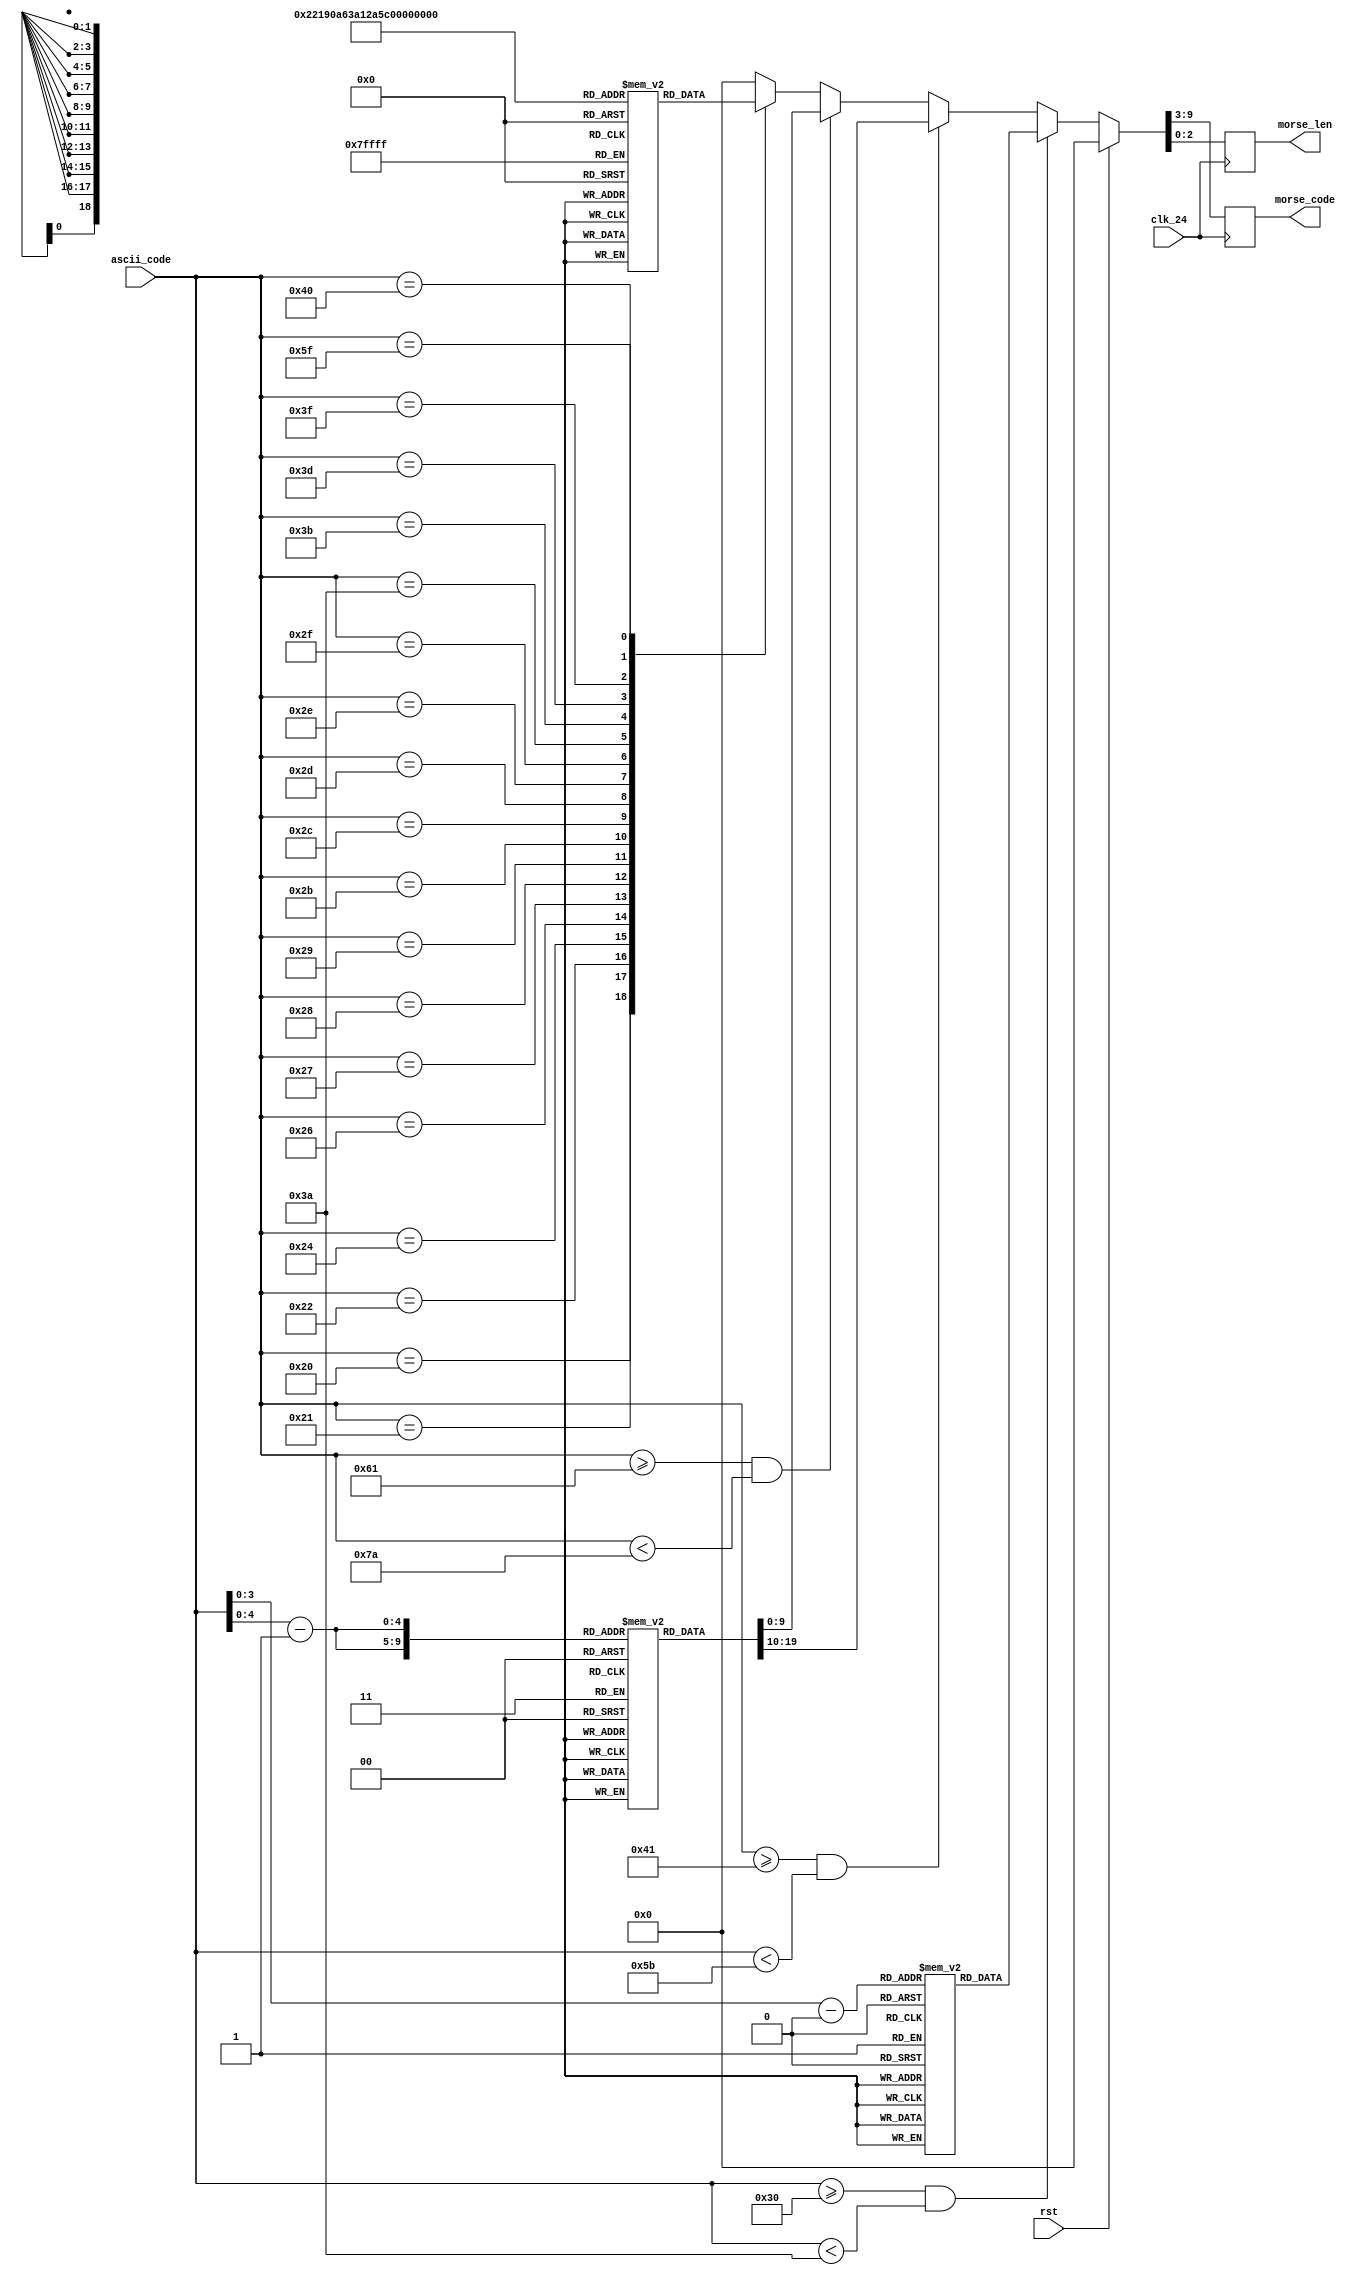
///////////////////////////////////////////////////////////////////////////////
// vim:set shiftwidth=4 softtabstop=4 expandtab:
//
// Module: ascii_2_morse.v
// Project: Nano Morse Encoder
// Description: Convert (7-bit) ASCII codes into Morse code
//
//
// Change history:
//      v01 - Implemented using lookup tables
//      v02 - Fixed incorrect lookups
//
///////////////////////////////////////////////////////////////////////////////
//
// Copyright (C) 2020  Sebastian Sole
//
// This program is free software; you can redistribute it and/or modify
// it under the terms of the GNU General Public License as published by
// the Free Software Foundation; either version 2 of the License, or
// (at your option) any later version.
//
// This program is distributed in the hope that it will be useful,
// but WITHOUT ANY WARRANTY; without even the implied warranty of
// MERCHANTABILITY or FITNESS FOR A PARTICULAR PURPOSE.  See the
// GNU General Public License for more details.
//
// You should have received a copy of the GNU General Public License along
// with this program; if not, write to the Free Software Foundation, Inc.,
// 51 Franklin Street, Fifth Floor, Boston, MA 02110-1301 USA.
//
///////////////////////////////////////////////////////////////////////////////

// Useful ASCII codes
`define ZERO 48
`define NINE 58
`define UPPER_A 65
`define UPPER_Z 91
`define LOWER_A 97
`define LOWER_Z 122

module ascii_2_morse (
    input clk_24,               // 24 MHz system clk
    input rst,                  // Synchronous reset, active HI
    input [6:0] ascii_code,     // A 7-bit ASCII code to convert
    output reg [6:0] morse_code,// Corresponding Morse code signals in little-
                                // endian order. 0 = dot, 1 = dash
    output reg [2:0] morse_len  // The number of signals used in morse_code
    );

    // Lookup tables
    // [9:3] = morse_code
    // [2:0] = morse_len
    reg [9:0] numbers [0:9];
    reg [9:0] letters [0:25];
    reg [9:0] punctuation [0:18];

    initial begin
        numbers[0] = {7'b001_1111, 3'd5}; // 0
        numbers[1] = {7'b001_1110, 3'd5}; // 1
        numbers[2] = {7'b001_1100, 3'd5}; // 2
        numbers[3] = {7'b001_1000, 3'd5}; // 3
        numbers[4] = {7'b001_0000, 3'd5}; // 4
        numbers[5] = {7'b000_0000, 3'd5}; // 5
        numbers[6] = {7'b000_0001, 3'd5}; // 6
        numbers[7] = {7'b000_0011, 3'd5}; // 7
        numbers[8] = {7'b000_0111, 3'd5}; // 8
        numbers[9] = {7'b000_1111, 3'd5}; // 9

        letters[0]  = {7'b000_0010, 3'd2}; // A
        letters[1]  = {7'b000_0001, 3'd4}; // B
        letters[2]  = {7'b000_0101, 3'd4}; // C
        letters[3]  = {7'b000_0001, 3'd3}; // D
        letters[4]  = {7'b000_0000, 3'd1}; // E
        letters[5]  = {7'b000_0100, 3'd4}; // F
        letters[6]  = {7'b000_0011, 3'd3}; // G
        letters[7]  = {7'b000_0000, 3'd4}; // H
        letters[8]  = {7'b000_0000, 3'd2}; // I
        letters[9]  = {7'b000_1110, 3'd4}; // J
        letters[10] = {7'b000_0101, 3'd3}; // K
        letters[11] = {7'b000_0010, 3'd4}; // L
        letters[12] = {7'b000_0011, 3'd2}; // M
        letters[13] = {7'b000_0001, 3'd2}; // N
        letters[14] = {7'b000_0111, 3'd3}; // O
        letters[15] = {7'b000_0110, 3'd4}; // P
        letters[16] = {7'b000_1011, 3'd4}; // Q
        letters[17] = {7'b000_0010, 3'd3}; // R
        letters[18] = {7'b000_0000, 3'd3}; // S
        letters[19] = {7'b000_0001, 3'd1}; // T
        letters[20] = {7'b000_0100, 3'd3}; // U
        letters[21] = {7'b000_1000, 3'd4}; // V
        letters[22] = {7'b000_0110, 3'd3}; // W
        letters[23] = {7'b000_1001, 3'd4}; // X
        letters[24] = {7'b000_1101, 3'd4}; // Y
        letters[25] = {7'b000_0011, 3'd4}; // Z

        punctuation[0]  = {7'b000_0000, 3'd7}; // space 32
        punctuation[1]  = {7'b011_0101, 3'd6}; // ! 33
        punctuation[2]  = {7'b001_0010, 3'd6}; // " 34
        punctuation[3]  = {7'b100_1000, 3'd7}; // $ 36
        punctuation[4]  = {7'b000_0010, 3'd5}; // & 38
        punctuation[5]  = {7'b001_1110, 3'd6}; // ' 39
        punctuation[6]  = {7'b000_1101, 3'd5}; // ( 40
        punctuation[7]  = {7'b010_1101, 3'd6}; // ) 41
        punctuation[8]  = {7'b000_1010, 3'd5}; // + 43
        punctuation[9]  = {7'b011_0011, 3'd6}; // , 44
        punctuation[10] = {7'b010_0001, 3'd6}; // - 45
        punctuation[11] = {7'b010_1010, 3'd6}; // . 46
        punctuation[12] = {7'b000_1001, 3'd5}; // / 47
        punctuation[13] = {7'b000_0111, 3'd6}; // : 58
        punctuation[14] = {7'b001_0101, 3'd6}; // ; 59
        punctuation[15] = {7'b001_0001, 3'd5}; // = 61
        punctuation[16] = {7'b000_1100, 3'd6}; // ? 63
        punctuation[17] = {7'b001_0110, 3'd6}; // @ 64
        punctuation[18] = {7'b010_1100, 3'd6}; // _ 95
    end

    always @(posedge clk_24) begin
        if (rst)
            {morse_code, morse_len} <= 10'b0;
        else if (ascii_code >= `ZERO && ascii_code < `NINE)
            {morse_code, morse_len} <= numbers[ascii_code - `ZERO];
        else if (ascii_code >= `UPPER_A && ascii_code < `UPPER_Z)
            {morse_code, morse_len} <= letters[ascii_code - `UPPER_A];
        else if (ascii_code >= `LOWER_A && ascii_code < `LOWER_Z)
            {morse_code, morse_len} <= letters[ascii_code - `LOWER_A];
        else begin
            case (ascii_code)
                7'd32   : {morse_code, morse_len} <= punctuation[0];
                7'd33   : {morse_code, morse_len} <= punctuation[1];
                7'd34   : {morse_code, morse_len} <= punctuation[2];
                7'd36   : {morse_code, morse_len} <= punctuation[3];
                7'd38   : {morse_code, morse_len} <= punctuation[4];
                7'd39   : {morse_code, morse_len} <= punctuation[5];
                7'd40   : {morse_code, morse_len} <= punctuation[6];
                7'd41   : {morse_code, morse_len} <= punctuation[7];
                7'd43   : {morse_code, morse_len} <= punctuation[8];
                7'd44   : {morse_code, morse_len} <= punctuation[9];
                7'd45   : {morse_code, morse_len} <= punctuation[10];
                7'd46   : {morse_code, morse_len} <= punctuation[11];
                7'd47   : {morse_code, morse_len} <= punctuation[12];
                7'd58   : {morse_code, morse_len} <= punctuation[13];
                7'd59   : {morse_code, morse_len} <= punctuation[14];
                7'd61   : {morse_code, morse_len} <= punctuation[15];
                7'd63   : {morse_code, morse_len} <= punctuation[16];
                7'd64   : {morse_code, morse_len} <= punctuation[17];
                7'd95   : {morse_code, morse_len} <= punctuation[18];
                default : {morse_code, morse_len} <= 10'b0;
            endcase
        end
    end
endmodule